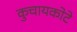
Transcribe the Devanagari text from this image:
कुचायकोटे